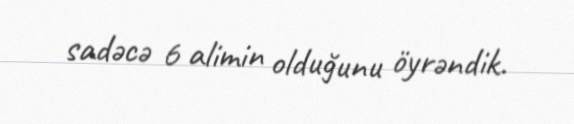
sadəcə 6 alimin olduğunu öyrəndik.